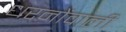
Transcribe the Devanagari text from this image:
धरनोंवाली